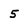
Character: 5